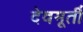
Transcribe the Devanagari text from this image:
देवमूर्ती